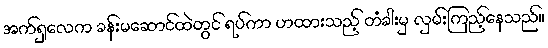
အက်ရှလေက ခန်းမဆောင်ထဲတွင် ရပ်ကာ ဟထားသည့် တံခါးမှ လှမ်းကြည့်နေသည်။